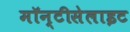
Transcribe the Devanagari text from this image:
मॉन्टीसेलाइट